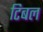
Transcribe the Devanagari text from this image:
टिबल